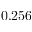
0 . 2 5 6